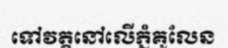
ទៅវត្តនៅលើភ្នំគូលែន